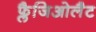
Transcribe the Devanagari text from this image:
फ्लैजिओलैट